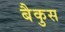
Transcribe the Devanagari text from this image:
बैकुस